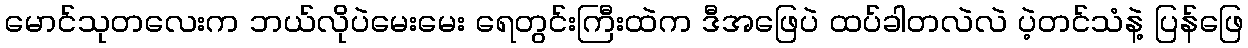
မောင်သုတလေးက ဘယ်လိုပဲမေးမေး ရေတွင်းကြီးထဲက ဒီအဖြေပဲ ထပ်ခါတလဲလဲ ပဲ့တင်သံနဲ့ ပြန်ဖြေ